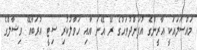
މައްސަލައަކީ އާރީންގެ އުފަންދުވަހުގެ ރޭ އޭނަ އާއި ހަވާލުކުރި ސިޓީ އުރަބާއޭ ވިޝާލްގެ